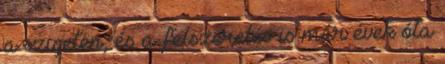
a szigeten, és a felszerelés is már évek óta